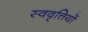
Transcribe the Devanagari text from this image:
स्ववृत्तियों